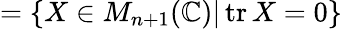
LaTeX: =\{ X\in M_{n+1}(\mathbb{C})|\operatorname{tr}X=0\}